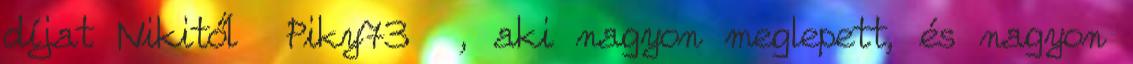
díjat Nikitől Piky73 , aki nagyon meglepett, és nagyon